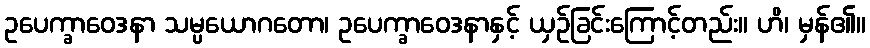
ဥပေက္ခာဝေဒနာ သမ္ပယောဂတော၊ ဥပေက္ခာဝေဒနာနှင့် ယှဉ်ခြင်းကြောင့်တည်း။ ဟိ၊ မှန်၏။